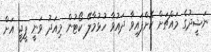
ނަޝީދުގެ މައްޗަށް ކޮށްފައިވާ ދައުވާ ހުޅުމާލޭ ކޯޓުން މިއަދު ވަނީ ޕީޖީ އަށް